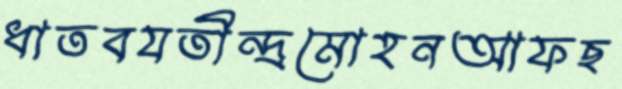
ধাতবযতীন্দ্রমোহনআফছ